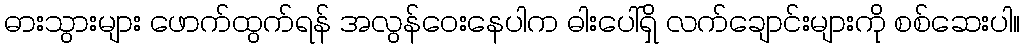
ဓားသွားများ ဖောက်ထွက်ရန် အလွန်ဝေးနေပါက ဓါးပေါ်ရှိ လက်ချောင်းများကို စစ်ဆေးပါ။